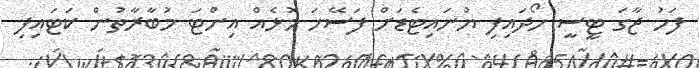
ފަހު ޖާގަ ޓީސީ ހޯދައިފި ޔުނައިޓެޑަށް ފަސޭހަ މޮޅެއް އިންޓަ މުބާރާތުން ކަޓައިފި